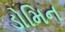
ડોમિન